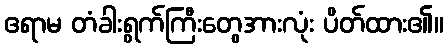
ဧရာမ တံခါးရွက်ကြီးတွေအားလုံး ပိတ်ထား၏။